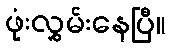
ဖုံးလွှမ်းနေပြီ။